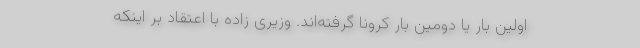
اولین بار یا دومین بار کرونا گرفته‌اند. وزیری زاده با اعتقاد بر اینکه